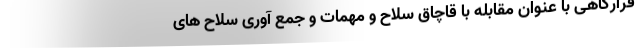
قرارگاهی با عنوان مقابله با قاچاق سلاح و مهمات و جمع آوری سلاح های